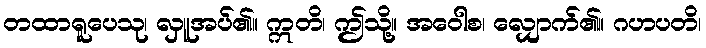
တထာရူပေသု၊ လှူအပ်၏။ ဣတိ၊ ဤသို့။ အဝေါစ၊ လျှောက်၏။ ဂဟပတိ၊